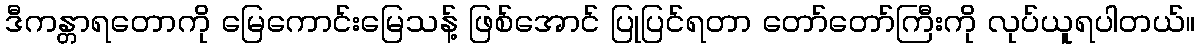
ဒီကန္တာရတောကို မြေကောင်းမြေသန့် ဖြစ်အောင် ပြုပြင်ရတာ တော်တော်ကြီးကို လုပ်ယူရပါတယ်။